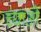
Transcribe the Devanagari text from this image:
च्याओ